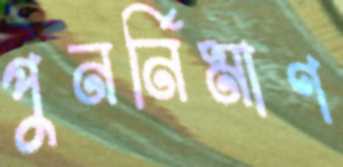
পুনর্নিমাণ